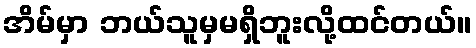
အိမ်မှာ ဘယ်သူမှမရှိဘူးလို့ထင်တယ်။